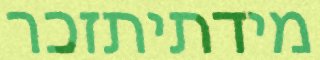
מידתיתזכר